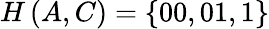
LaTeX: H\left(A,C\right)=\left\{ 00,01,1\right\}